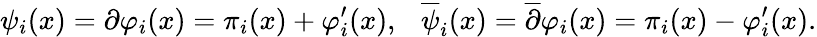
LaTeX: \psi_{i}(x)=\partial\varphi_{i}(x)=\pi_{i}(x)+\varphi_{i}^{\prime}(x),\ \ \ {\overline{{\psi}}}_{i}(x)={\overline{{\partial}}}\varphi_{i}(x)=\pi_{i}(x)-\varphi_{i}^{\prime}(x).